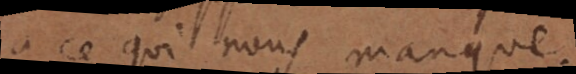
à ce qui nous manque.